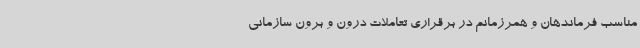
مناسب فرماندهان و همرزمانم در برقراری تعاملات درون و برون سازمانی